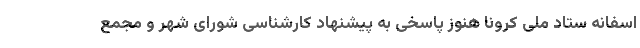
اسفانه ستاد ملی کرونا هنوز پاسخی به پیشنهاد کارشناسی شورای شهر و مجمع